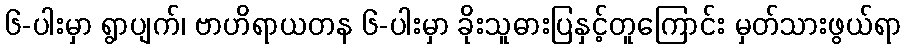
၆-ပါးမှာ ရွာပျက်၊ ဗာဟိရာယတန ၆-ပါးမှာ ခိုးသူဓားပြနှင့်တူကြောင်း မှတ်သားဖွယ်ရာ